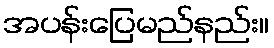
အပန်းပြေမည်နည်း။